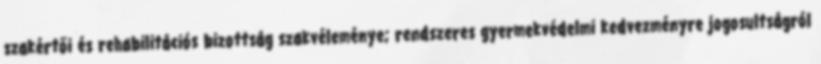
szakértői és rehabilitációs bizottság szakvéleménye; rendszeres gyermekvédelmi kedvezményre jogosultságról